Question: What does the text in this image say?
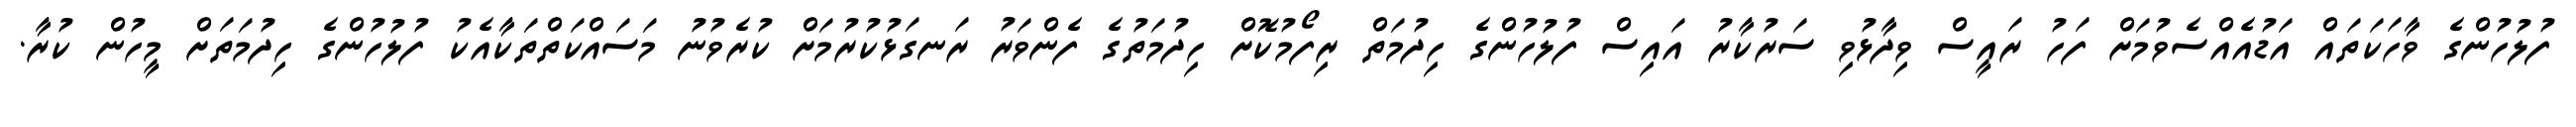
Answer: ފުލުހުންގެ ވާހަކަތައް އަޑުއެއްސެވުމަށް ފަހު ރައީސް ވިދާޅުވި ސަރުކާރު އައިސް ފުލުހުންގެ ހިދުމަތް ރިފޯމުކޮށް ހިދުމަތުގެ ފެންވަރު ރަނގަޅުކުރުމަށް ކުރެވުނު މަސައްކަތްތަކާއެކު ފުލުހުންގެ ހިދުމަތަށް މީހުން ކުރާ.